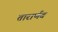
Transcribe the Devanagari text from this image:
तारार्णव